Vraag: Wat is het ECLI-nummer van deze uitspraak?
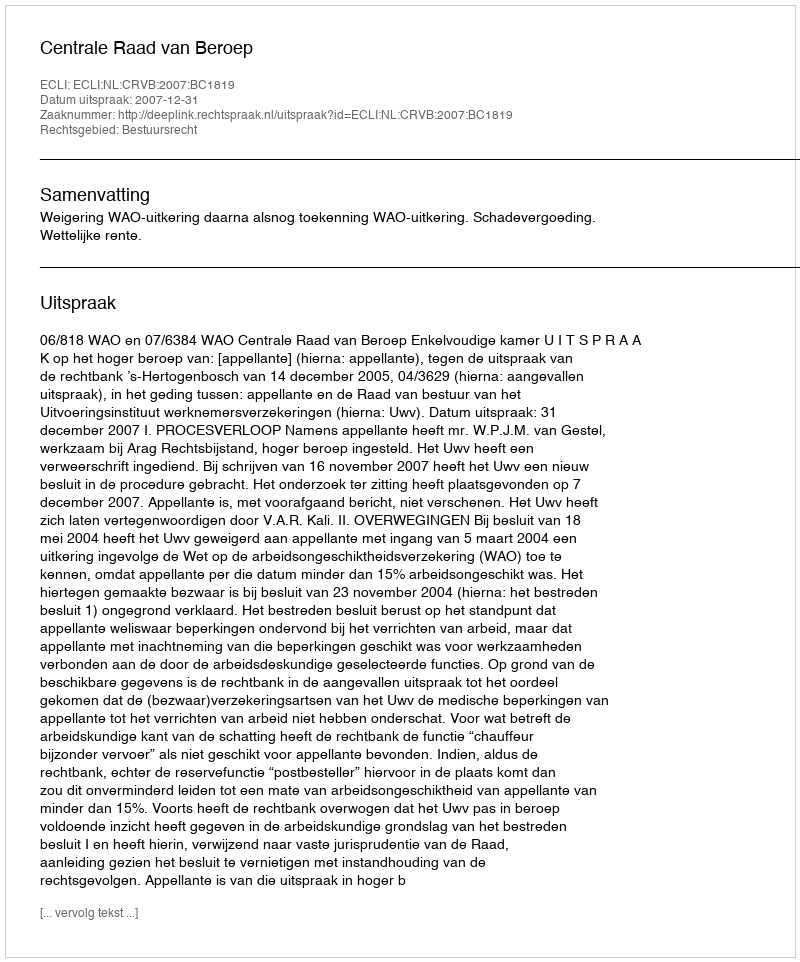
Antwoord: ECLI:NL:CRVB:2007:BC1819